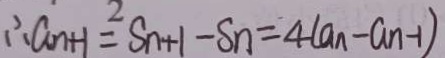
\therefore a _ { n + 1 } = ^ { 2 } S _ { n + 1 } - S _ { n } = 4 ( a _ { n } - a _ { n - 1 } )